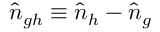
\hat { n } _ { g h } \equiv \hat { n } _ { h } - \hat { n } _ { g }